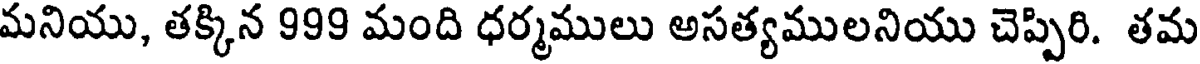
మనియు, తక్కిన 999 మంది ధర్మములు అసత్యములనియు చెప్పిరి. తమ